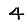
Digit: 4